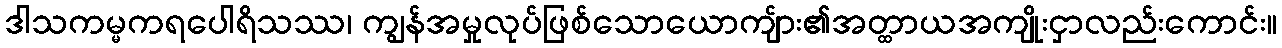
ဒါသကမ္မကရပေါရိသဿ၊ ကျွန်အမှုလုပ်ဖြစ်သောယောကျ်ား၏အတ္ထာယအကျိုးငှာလည်းကောင်း။